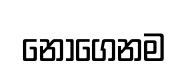
නොගෙනම